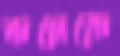
কনেকে